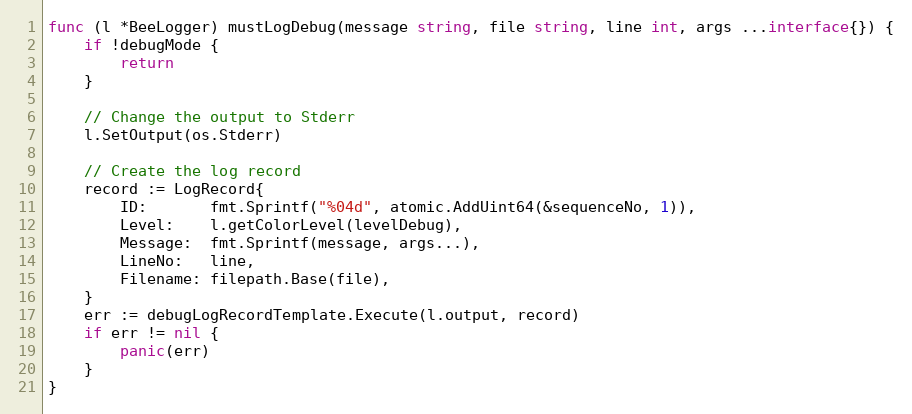
Language: Go
func (l *BeeLogger) mustLogDebug(message string, file string, line int, args ...interface{}) {
	if !debugMode {
		return
	}

	// Change the output to Stderr
	l.SetOutput(os.Stderr)

	// Create the log record
	record := LogRecord{
		ID:       fmt.Sprintf("%04d", atomic.AddUint64(&sequenceNo, 1)),
		Level:    l.getColorLevel(levelDebug),
		Message:  fmt.Sprintf(message, args...),
		LineNo:   line,
		Filename: filepath.Base(file),
	}
	err := debugLogRecordTemplate.Execute(l.output, record)
	if err != nil {
		panic(err)
	}
}